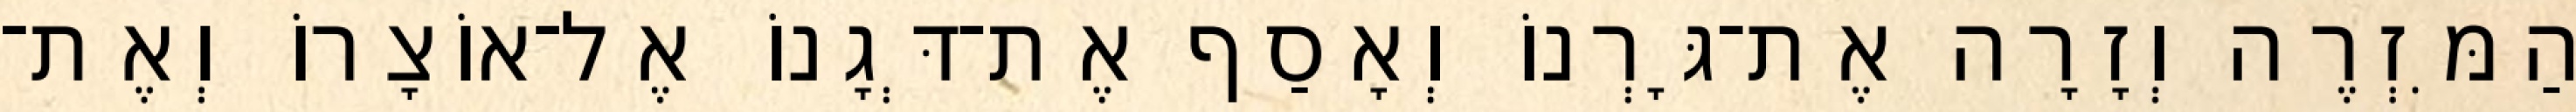
הַמִּזְרֶה וְזָרָה אֶת־גָּרְנוֹ וְאָסַף אֶת־דְּגָנוֹ אֶל־אוֹצָרוֹ וְאֶת־